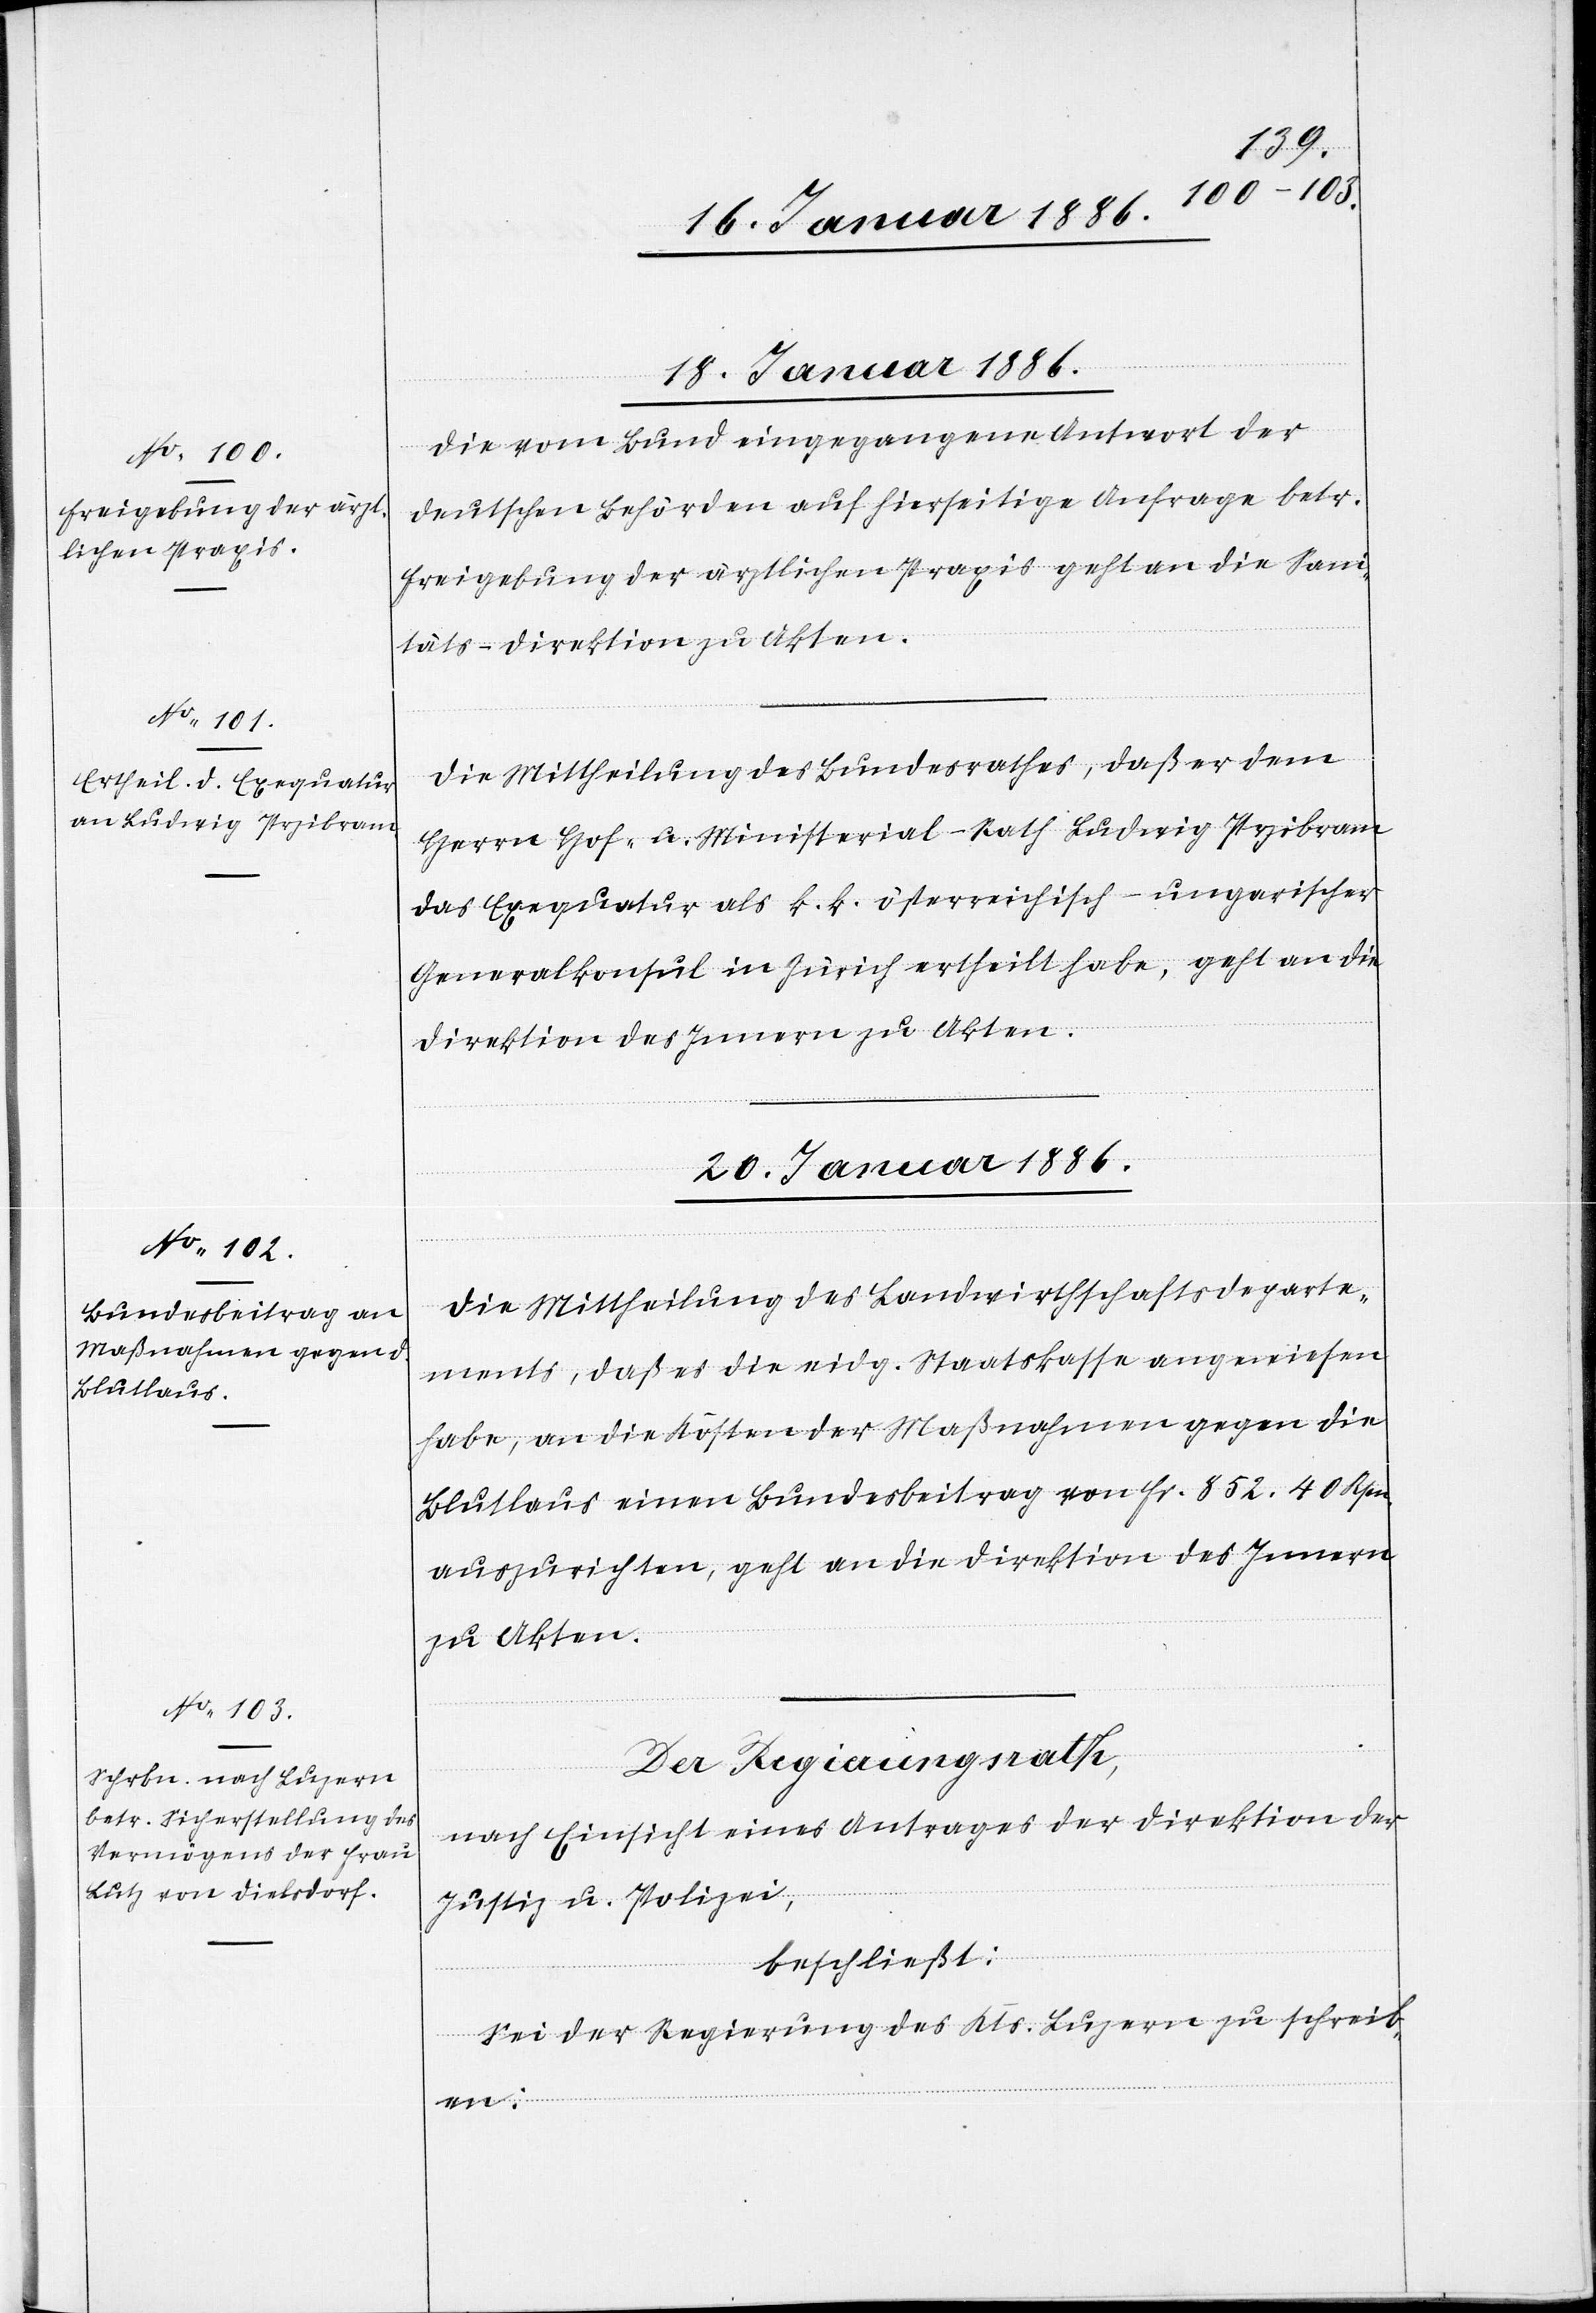
18. Januar 1886.]
Die vom Bund eingegangene Antwort der
deutschen Behörden auf hierseitige Anfrage betr.
Freigebung der ärztlichen Praxis geht an die Sani¬
täts-Direktion zu Akten.
Die Mittheilung des Bundesrathes, daß er dem
Herrn Hof- u. Ministerial-Rath Ludwig Przibram
das Exequatur als k. k. österreichisch-ungarischer
Generalkonsul in Zürich ertheilt habe, geht an die
Direktion des Innern zu Akten.
20. Januar 1886.]
Die Mittheilung des Landwirtschaftsdeparte¬
ments, daß es die eidg. Staatskasse angewiesen
habe, an die Kosten der Maßnahmen gegen die
Blutlaus einen Bundesbeitrag von Fr. 852. 40 Rpn.
auszurichten, geht an die Direktion des Innern
zu Akten.
Der Regierungsrath,
nach Einsicht eines Antrages der Direktion der
Justiz u. Polizei,
beschließt:
Sei der Regierung des Kts. Luzern zu schreib¬
en: